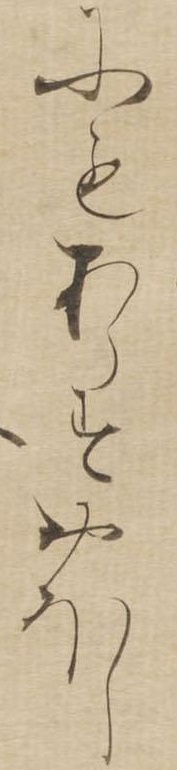
にもあらすおほし